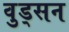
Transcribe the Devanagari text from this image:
वुड्सन